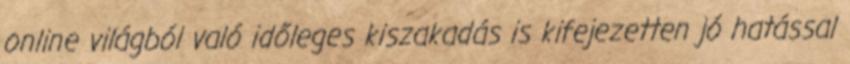
online világból való időleges kiszakadás is kifejezetten jó hatással